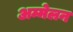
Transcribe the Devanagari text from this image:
अम्मेलन